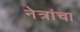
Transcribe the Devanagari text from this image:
नेत्रांचा